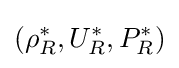
(\rho _{R}^{\ast },U_{R}^{\ast },P_{R}^{\ast })